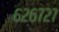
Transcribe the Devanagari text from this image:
६२६७२७